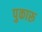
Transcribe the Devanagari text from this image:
पुकारू